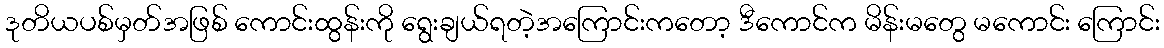
ဒုတိယပစ်မှတ်အဖြစ် ကောင်းထွန်းကို ရွေးချယ်ရတဲ့အကြောင်းကတော့ ဒီကောင်က မိန်းမတွေ မကောင်း ကြောင်း